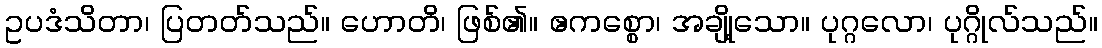
ဥပဒံသိတာ၊ ပြတတ်သည်။ ဟောတိ၊ ဖြစ်၏။ ဧကစ္စော၊ အချို့သော။ ပုဂ္ဂလော၊ ပုဂ္ဂိုလ်သည်။